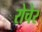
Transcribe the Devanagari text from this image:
रोचेर